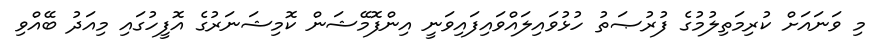
މި ވަނައަށް ކުރިމަތިލުމުގެ ފުރުޞަތު ހުޅުވައިލައްވައިފައިވަނީ އިންފޮމޭޝަން ކޮމިޝަނަރުގެ އޮފީހުގައި މިއަދު ބޭއްވި